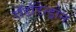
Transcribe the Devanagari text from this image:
रॉडॉडेन्ड्रोन